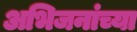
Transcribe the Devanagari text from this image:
अभिजनांच्या